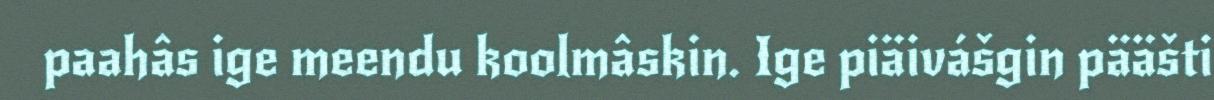
paahâs ige meendu koolmâskin. Ige piäivášgin pääšti